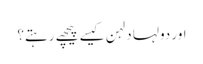
اور دولہا دلہن کیسے پیچھے رہتے؟